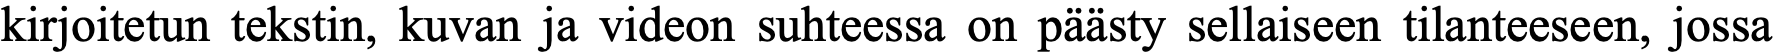
kirjoitetun tekstin, kuvan ja videon suhteessa on päästy sellaiseen tilanteeseen, jossa